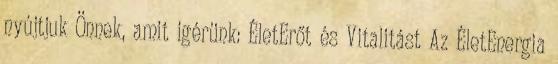
nyújtjuk Önnek, amit igérünk: ÉletErőt és Vitalitást Az ÉletEnergia